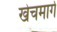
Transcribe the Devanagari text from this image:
खेचमार्ग